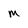
Character: m